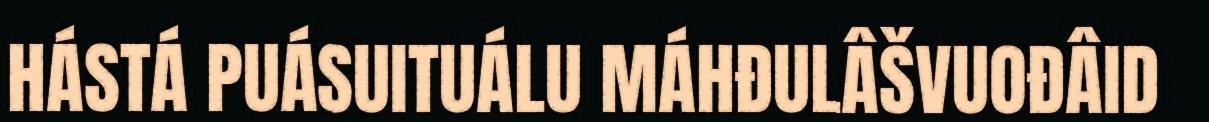
HÁSTÁ PUÁSUITUÁLU MÁHĐULÂŠVUOĐÂID